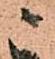
ま